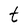
Character: t